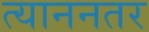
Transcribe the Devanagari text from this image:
त्याननतर